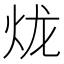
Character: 𤇭